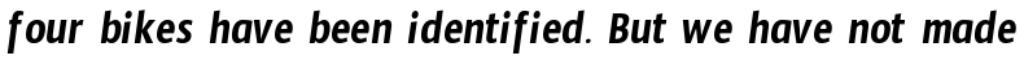
four bikes have been identified. But we have not made